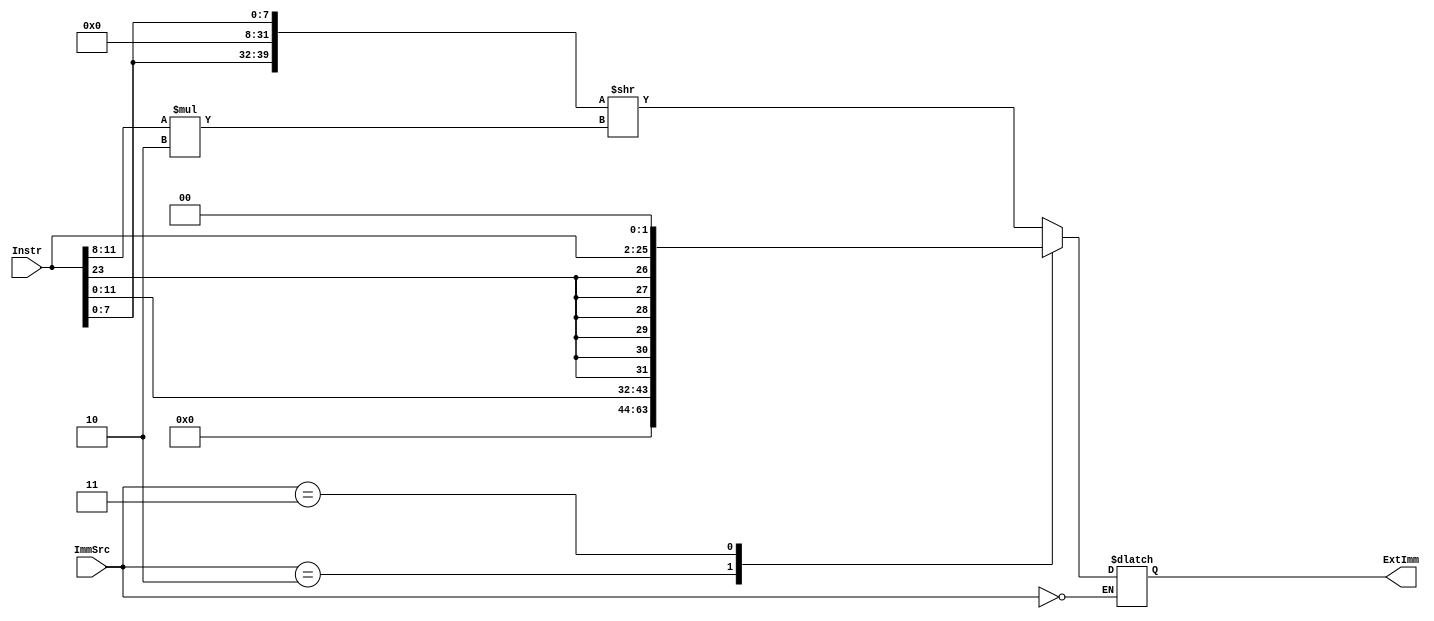
module Extend(
	ExtImm,
	Instr, ImmSrc
	);
 
 input [23:0] Instr;
 input [1:0] ImmSrc;
 output reg [31:0] ExtImm;
 
 wire [3:0] rotValue = Instr[11:8] * 2;
 wire [39:0] rotResult = {Instr[7:0], {24{1'b0}}, Instr[7:0]} >> rotValue;
 
	always @(*) begin
		case(ImmSrc)
			2'b00:; //no action
			2'b01: //data processing type
				begin
					ExtImm = rotResult[31:0];
				end
			2'b10: //LDR/STR type
				begin
					ExtImm = {{20{1'b0}} ,Instr[11:0]};
				end
			2'b11: //branch type
				begin
					ExtImm = {{6{Instr[23]}}, Instr[23:0], 2'b00};
				end
			default:
				ExtImm = {{6{Instr[23]}}, Instr[23:0], 2'b00}; //no action
		endcase
	end
endmodule